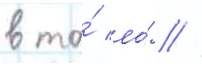
в та́ ло́ //